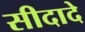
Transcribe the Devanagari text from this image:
सीदादे